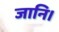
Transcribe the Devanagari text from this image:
जानि।